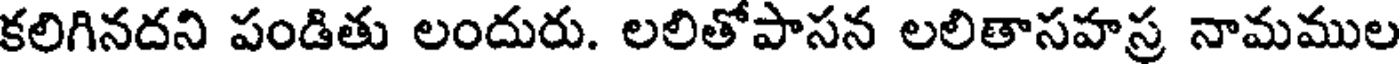
కలిగినదని పండితు లందురు. లలితోపాసన లలితాసహస్ర నామముల